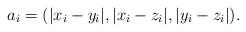
LaTeX: \begin{align*}a_i=(|x_i-y_i|,|x_i-z_i|,|y_i-z_i|).\end{align*}